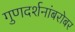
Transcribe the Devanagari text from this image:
गुणदर्शनांबरोबर